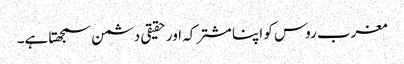
مغرب روس کو اپنا مشترکہ اور حقیقی دشمن سمجھتا ہے۔